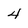
Character: 4